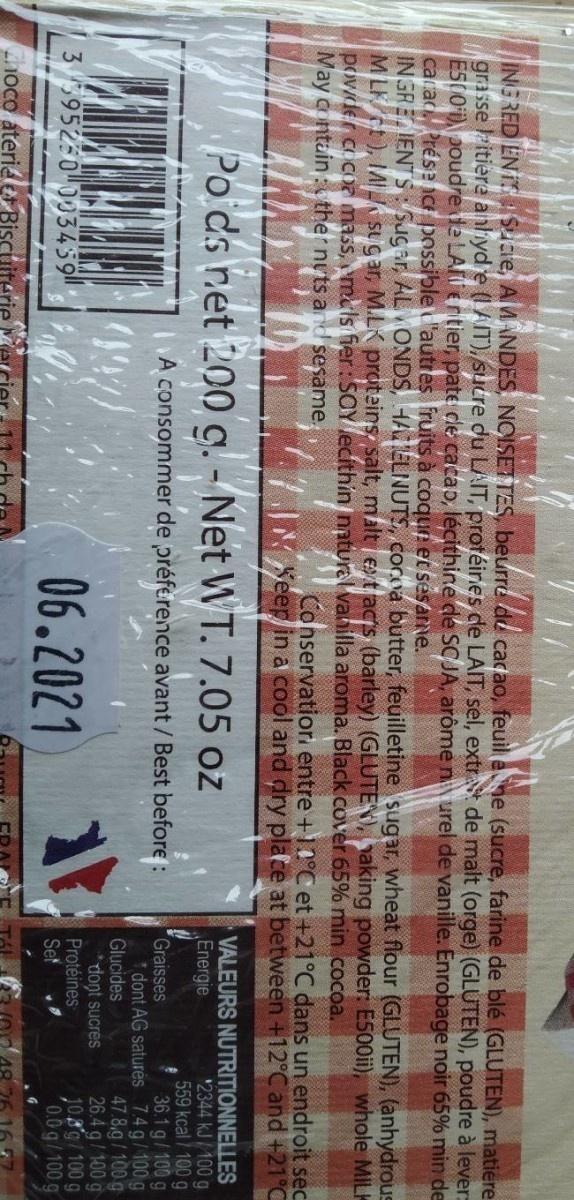
ING RED EN I Sune, AMANDES, NOISETTES, beurre du cacao, feuil ehe (sucre, farine de blé (GLUTEN), matiere grasse itiere anlhyd e (IAIT) sucre du LAIT, proféines de LAIT, sel, extrSt de malt (orge) (GLUTEN), poudre à lever= E500) poudre de LA entier, pate cle cacap, lécithine de SCJA, arôme n urel de vanille. Enrobage noir 65% min de carac Prése IC possible lautres ruits à coque et sesarme. INGREIENTS: Sugar, AL ONDS, HAELINUTS, cocoa butter, feuilletine sugar, wheat flour (GLUTEN), (anhydrous M LKt), IA sugar, M.LK proteins salt, m alt et acs (barley) (GLUTEV), aking powder: E500ii), whole MIL povder cocoa mass, muls ier: SOY ecithin natural vanilla aroma. Black cover 65% min cocoa. May contain the nyts and sesame.,
Conservatior entre +10°C et +21°C dans un endroit sec IN Seep in a cool and dry place at between +12°C and +21°C
VALEURS NUTRITIONNELLES '2344 kJ / 100 g 559 kcal / 100 g 36.1 g/100 g * dont AG saturés 7.4 g/100 g 47.8.g/100 g 26.4 g/ 100 g 10.8g/100 g 0.0g/100 g
Po ds net 200 g. - Net WT. 7.05 oz
Energie
A consommer de préference avant / Best before :
Graisses
Glucides
06.2021
*dont sucres Protéines Set
395250 003459
hoco aterieler Biscuiterie a